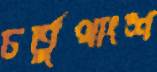
চর্তুথাংশ